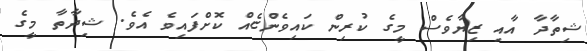
ޝިތާދާ އާއި ޒިޔާވެސް މީގެ ކުރިން ކައިވެންޏެއް ކޮށްފައިވެ އެވެ. ޝިދާތާ މީގެ